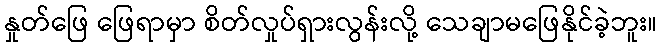
နှုတ်ဖြေ ဖြေရာမှာ စိတ်လှုပ်ရှားလွန်းလို့ သေချာမဖြေနိုင်ခဲ့ဘူး။